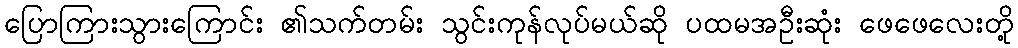
ပြောကြားသွားကြောင်း ၏သက်တမ်း သွင်းကုန်လုပ်မယ်ဆို ပထမအဦးဆုံး ဖေဖေလေးတို့